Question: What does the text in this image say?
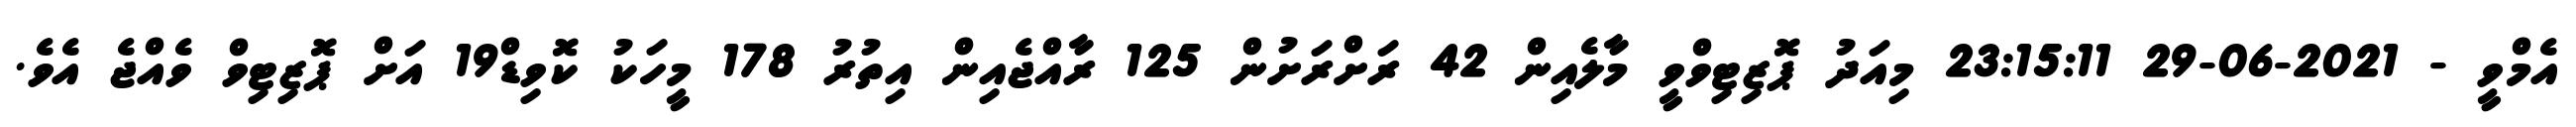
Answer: އެމްވީ - 2021-06-29 23:15:11 މިއަދު ޕޮޒިޓިވްވީ މާލެއިން 42 ރަށްރަށުން 125 ރާއްޖެއިން އިތުރު 178 މީހަކު ކޮވިޑް19 އަށް ޕޮޒިޓިވް ވެއްޖެ އެވެ.